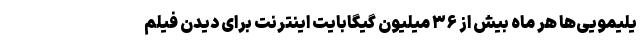
یلیمویی‌ها هر ماه بیش از ۳۶ میلیون گیگابایت اینترنت برای دیدن فیلم